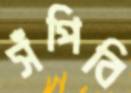
সঁপিবি